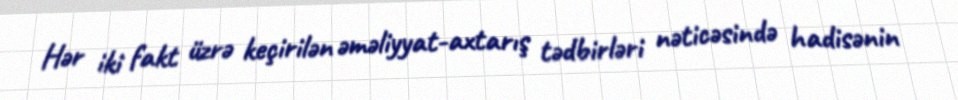
Hər iki fakt üzrə keçirilən əməliyyat-axtarış tədbirləri nəticəsində hadisənin